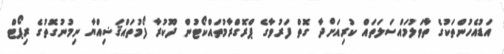
އަޑުއެހުންތަކުގެ ތާވަލުމައްސަލަތައް ކުރިއަށްދާ ގޮތް ފަރުވާގެ ޕްރޮގްރާމުތައްކޯޓުން ދޫކުރާ ފޯމުތައްޤަޟިއްޔާ ނިމުނުގޮތުގެ ރިޕޯޓް